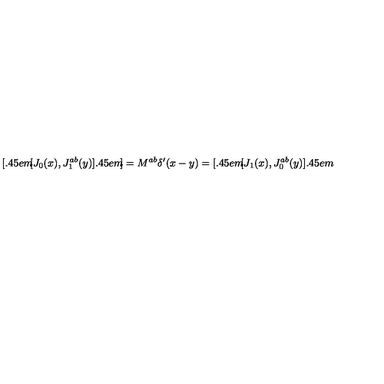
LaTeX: { } [ \kern - 0 . 4 5 e m \llap [ J _ { 0 } ( x ) , J _ { 1 } ^ { a b } ( y ) ] \kern - 0 . 4 5 e m \llap ] = M ^ { a b } \delta ^ { \prime } ( x - y ) = [ \kern - 0 . 4 5 e m \llap [ J _ { 1 } ( x ) , J _ { 0 } ^ { a b } ( y ) ] \kern - 0 . 4 5 e m \llap ~